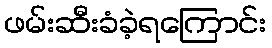
ဖမ်းဆီးခံခဲ့ရကြောင်း